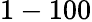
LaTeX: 1-100